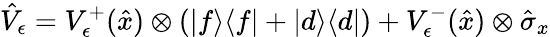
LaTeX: \hat{V}_{\epsilon}=V_{\epsilon}^{+}(\hat{x})\otimes(\vert f\rangle\langle f\vert+\vert d\rangle\langle d\vert)+V_{\epsilon}^{-}(\hat{x})\otimes\hat{\sigma}_{x}